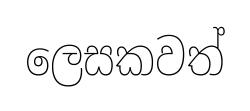
ලෙසකවත්